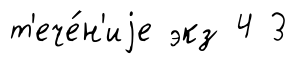
т'ече́н'иjе экз 4 3